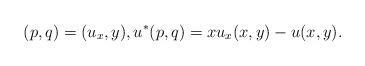
LaTeX: \begin{align*}(p,q) = (u_x,y), u^*(p,q) = xu_x(x,y)-u(x,y).\end{align*}